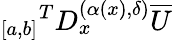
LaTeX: {_{[a,b]}}^{T}D_{x}^{(\alpha(x),{\delta})}\overline{{U}}